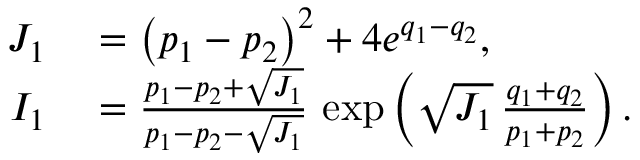
\begin{array} { r l } { J _ { 1 } } & { { } = \left( p _ { 1 } - p _ { 2 } \right) ^ { 2 } + 4 e ^ { q _ { 1 } - q _ { 2 } } , } \\ { I _ { 1 } } & { { } = \frac { p _ { 1 } - p _ { 2 } + \sqrt { J _ { 1 } } } { p _ { 1 } - p _ { 2 } - \sqrt { J _ { 1 } } } \, \exp \left( { \sqrt { J _ { 1 } } \, \frac { q _ { 1 } + q _ { 2 } } { p _ { 1 } + p _ { 2 } } } \right) . } \end{array}